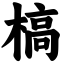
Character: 槁